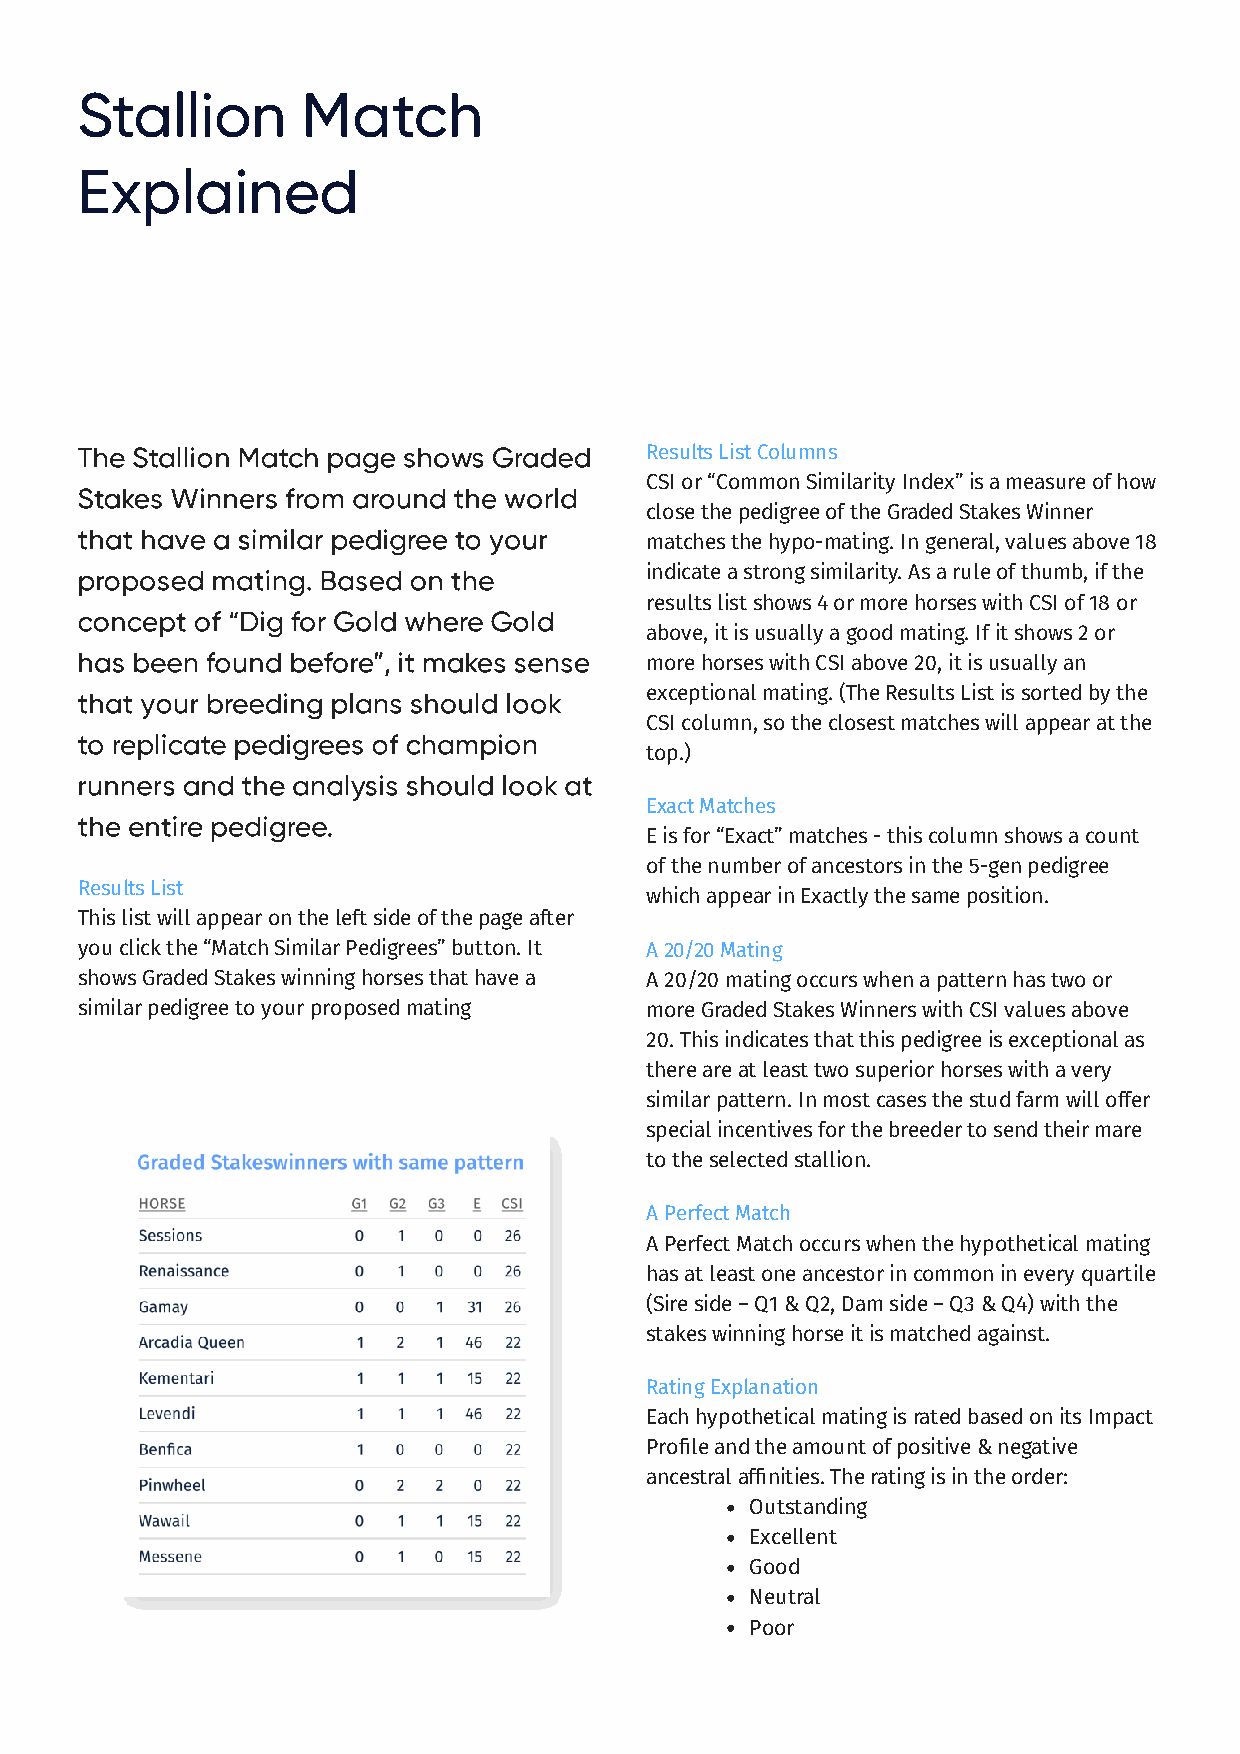
Stallion       Match
 Explained
 The Stallion Match page shows Graded  Results List Columns
 CSI or “Common Similarity Index” is a measure of how
 Stakes Winners from around the world
 close the pedigree of the Graded Stakes Winner
 that have a similar pedigree to your
 matches the hypo-mating. In general, values above 18
 proposed mating. Based on the         indicate a strong similarity. As a rule of thumb, if the
 results list shows 4 or more horses with CSI of 18 or
 concept of “Dig for Gold where Gold
 above, it is usually a good mating. If it shows 2 or
 has been found before”, it makes sense
 more horses with CSI above 20, it is usually an
 that your breeding plans should look  exceptional mating. (The Results List is sorted by the
 CSI column, so the closest matches will appear at the
 to replicate pedigrees of champion
 top.)
 runners and the analysis should look at
 Exact Matches
 the entire pedigree.
 E is for “Exact” matches - this column shows a count
 of the number of ancestors in the 5-gen pedigree
 Results List
 which appear in Exactly the same position.
 This list will appear on the left side of the page after
 you click the “Match Similar Pedigrees” button. It A 20/20 Mating
 shows Graded Stakes winning horses that have a A 20/20 mating occurs when a pattern has two or
 similar pedigree to your proposed mating more Graded Stakes Winners with CSI values above
 20. This indicates that this pedigree is exceptional as
 there are at least two superior horses with a very
 similar pattern. In most cases the stud farm will offer
 special incentives for the breeder to send their mare
 to the selected stallion.
 A Perfect Match
 A Perfect Match occurs when the hypothetical mating
 has at least one ancestor in common in every quartile
 (Sire side – Q1 & Q2, Dam side – Q3 & Q4) with the
 stakes winning horse it is matched against.
 Rating Explanation
 Each hypothetical mating is rated based on its Impact
 Prole and the amount of positive & negative
 ancestral afnities. The rating is in the order:
 Outstanding
 Excellent
 Good
 Neutral
 Poor